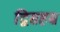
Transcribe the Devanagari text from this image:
द्विसहस्र